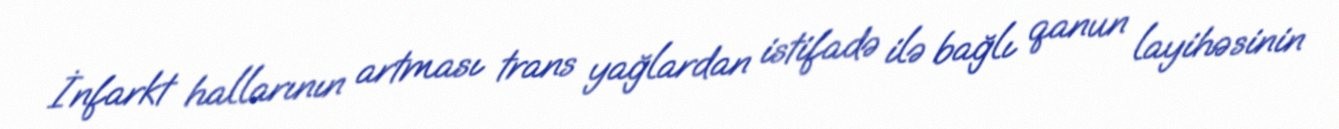
İnfarkt hallarının artması trans yağlardan istifadə ilə bağlı qanun layihəsinin